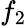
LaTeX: f_{2}